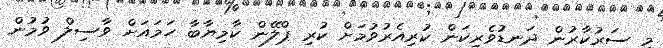
މި ސަރުކާރުން ދަނޑުވެރިކަން ކުރިއެރުވުމަށް ކުރި ޕްލޭން ކާމިޔާބާ ހަމައަށް ވާސިލް ވުމުން